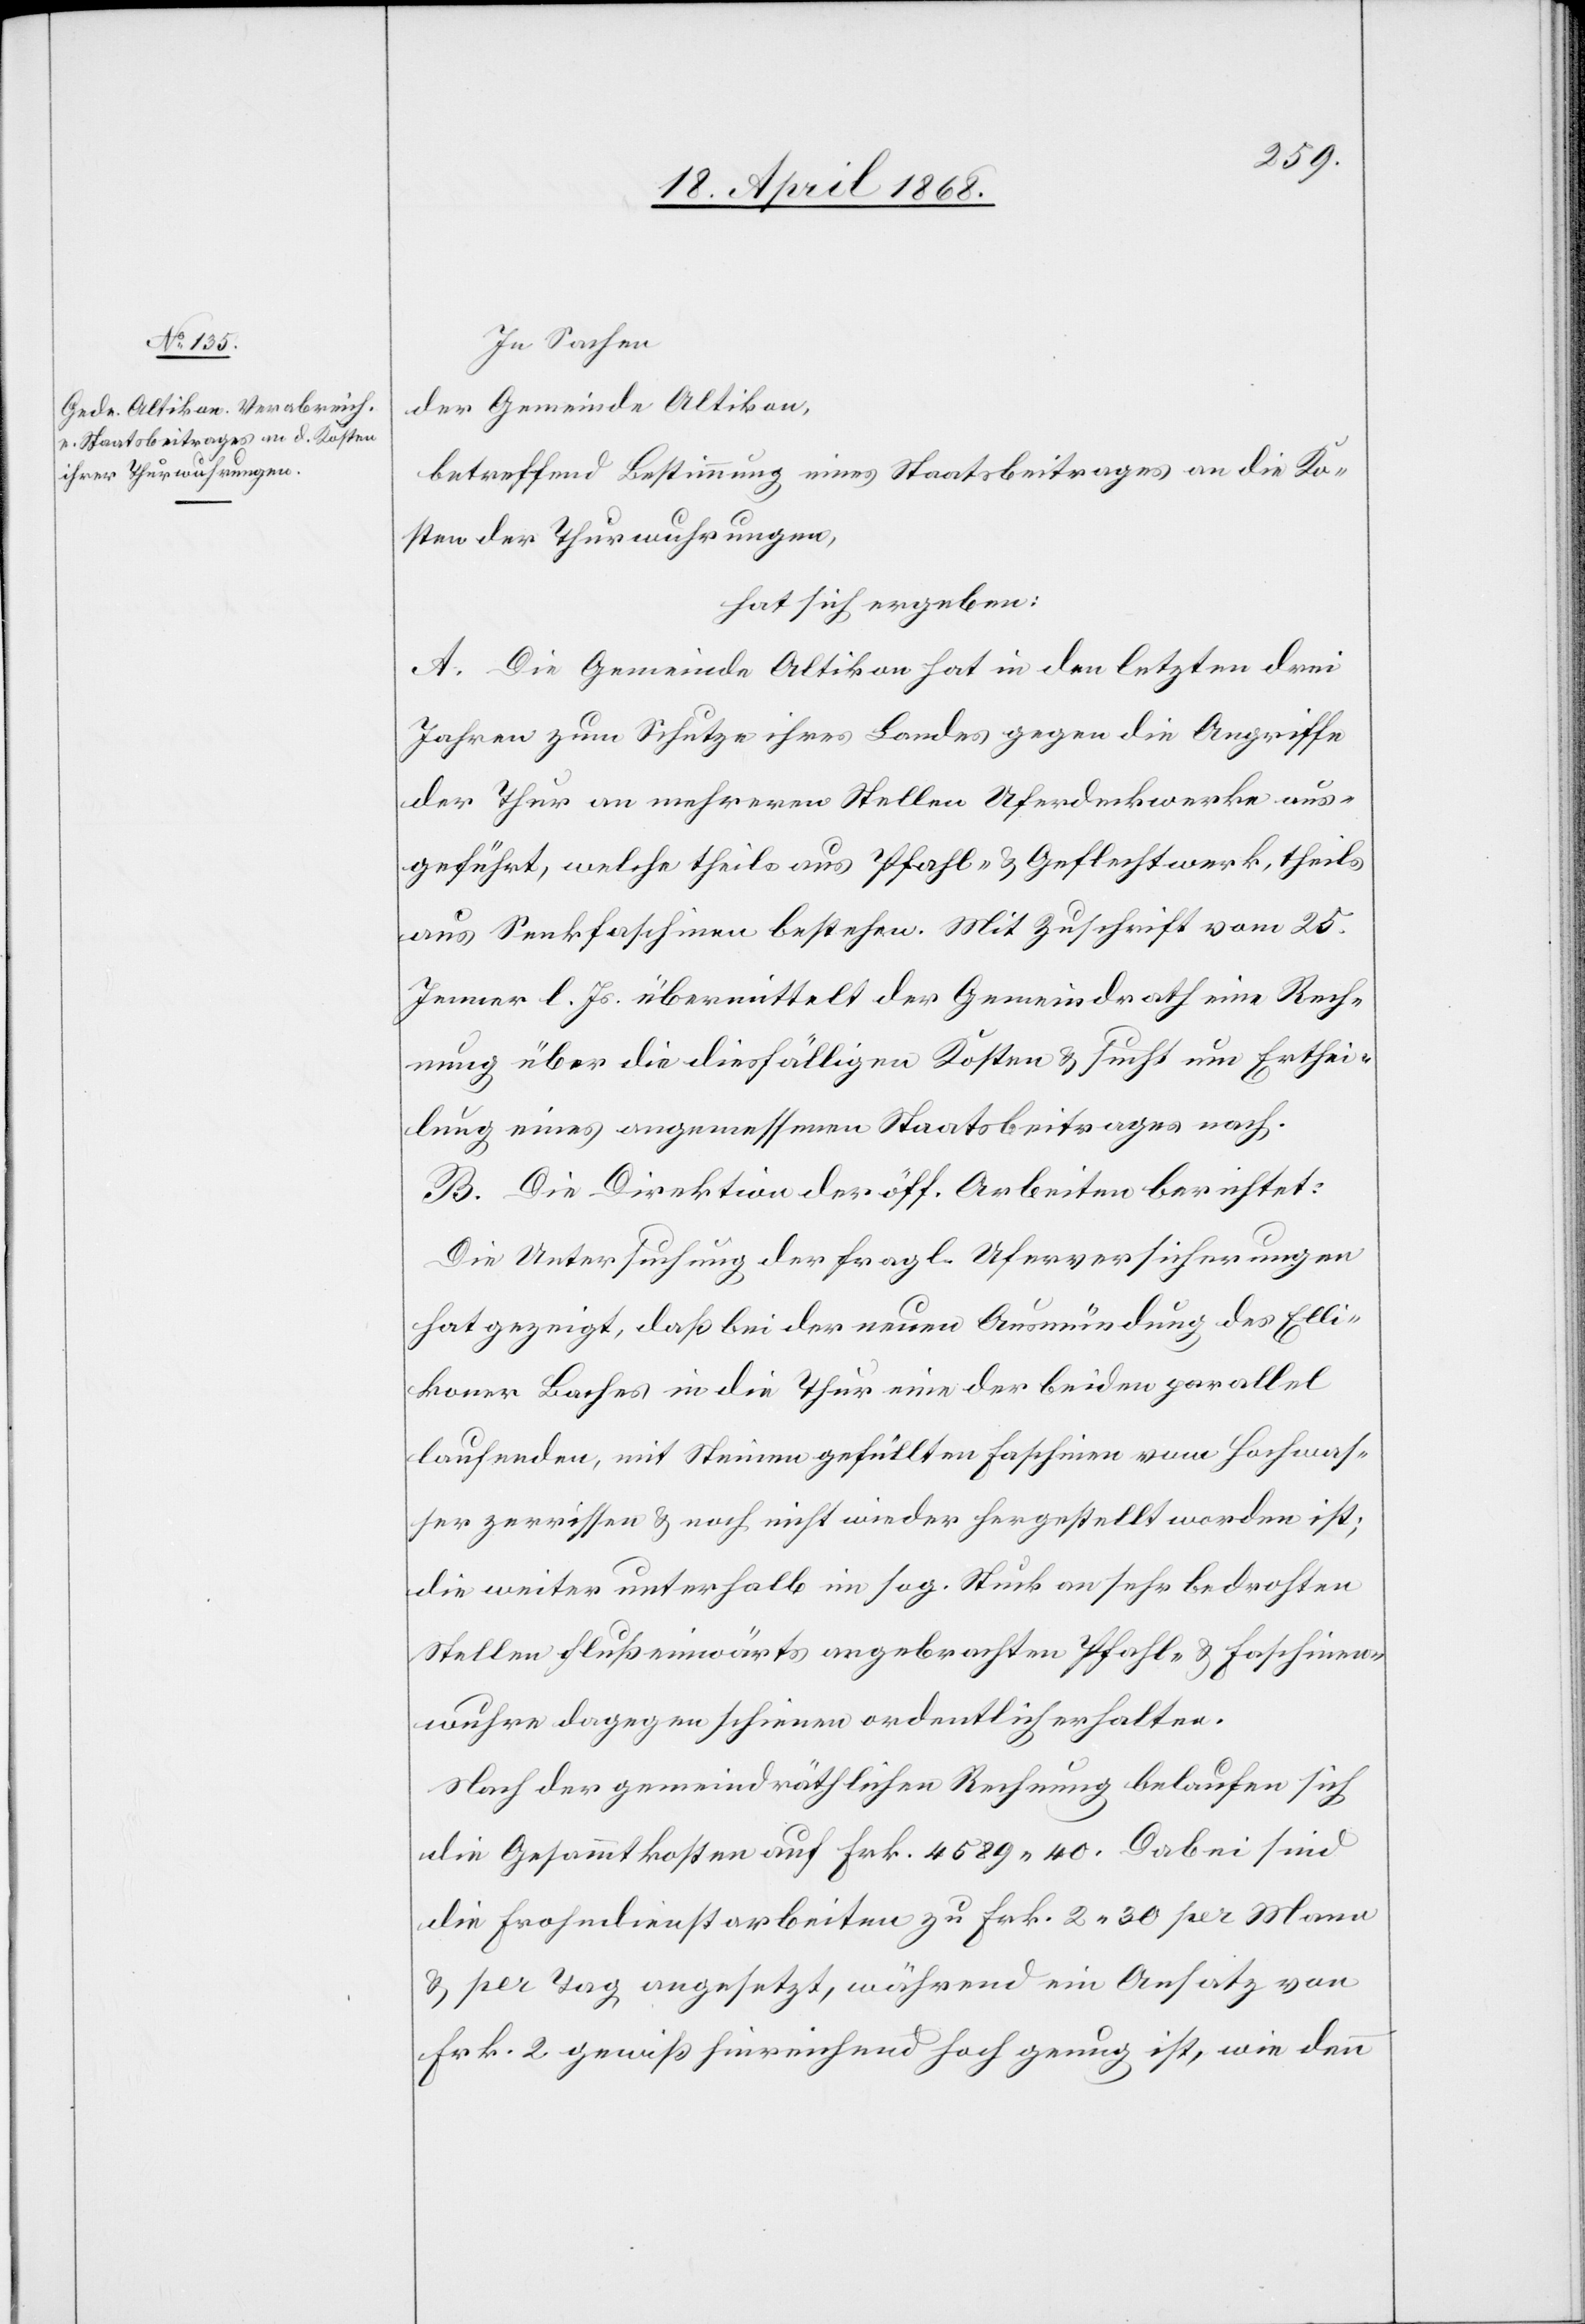
In Sachen
der Gemeinde Altikon,
betreffend Bestimmung eines Staatsbeitrages an die Ko¬
sten der Thurwuhrungen,
hat sich ergeben:
A. Die Gemeinde Altikon hat in den letzten drei
Jahren zum Schutze ihres Landes gegen die Angriffe
der Thur an mehreren Stellen Uferdeckwerke aus¬
geführt, welche theils aus Pfahl- & Geflechtwerk, theils
aus Senkfaschinen bestehen. Mit Zuschrift vom 25.
Jenner l. Js. übermittelt der Gemeindrath eine Rech¬
nung über die diesfälligen Kosten & sucht um Erthei¬
lung eines angemessenen Staatsbeitrages nach.
B. Die Direktion der öff. Arbeiten berichtet:
Die Untersuchung der fragl. Uferversicherungen
hat gezeigt, daß bei der neuen Ausmündung des Elli¬
koner Baches in die Thur eine der beiden parallel
laufenden, mit Steinen gefüllten Faschinen vom Hochwas¬
ser zerrissen & noch nicht wieder hergestellt worden ist;
die weiter unterhalb im sog. Stuck an sehr bedrohten
Stellen flußeinwärts angebrachten Pfahl- & Faschinen¬
wuhre dagegen schienen ordentlich erhalten.
Nach der gemeindräthlichen Rechnung belaufen sich
die Gesammtkosten auf Frk. 4589. 40. Dabei sind
die Frohndienstarbeiten zu Frk. 2. 30 per Mann
& per Tag angesetzt, während ein Ansatz von
Frk. 2 gewiß hinreichend hoch genug ist, wie denn